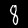
Label: 8